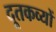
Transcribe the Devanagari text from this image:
दूतकव्यों